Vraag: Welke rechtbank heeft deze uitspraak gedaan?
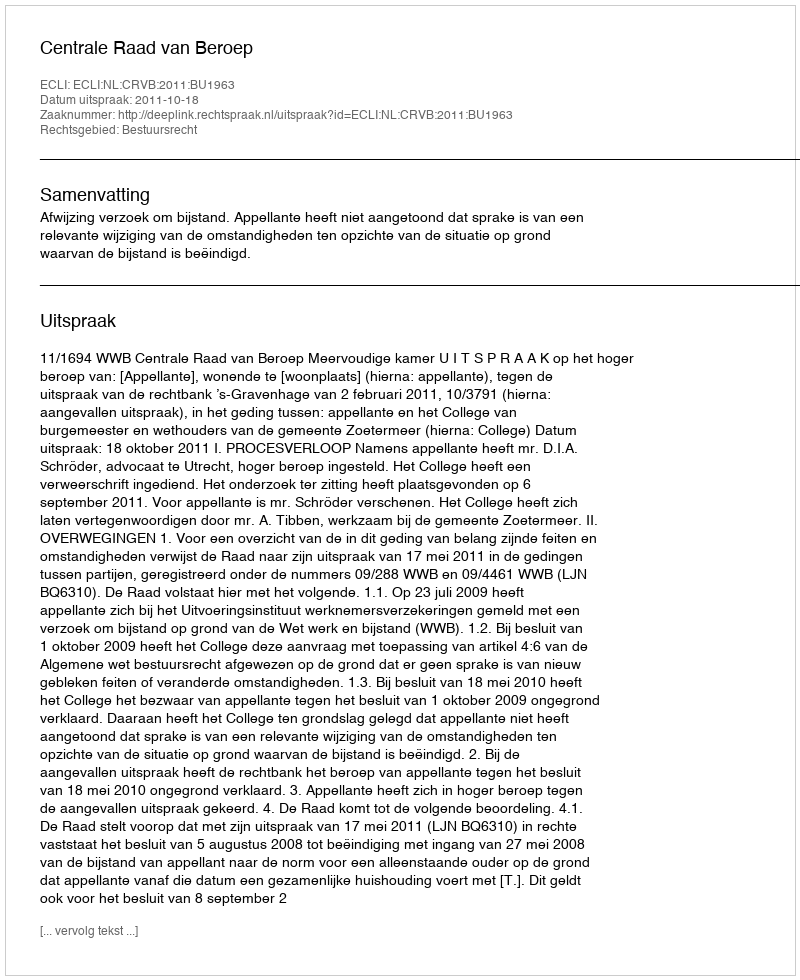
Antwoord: Centrale Raad van Beroep